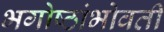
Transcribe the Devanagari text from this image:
भगोष्ठांभोवती